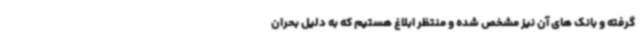
گرفته و بانک های آن نیز مشخص شده و منتظر ابلاغ هستیم که به دلیل بحران